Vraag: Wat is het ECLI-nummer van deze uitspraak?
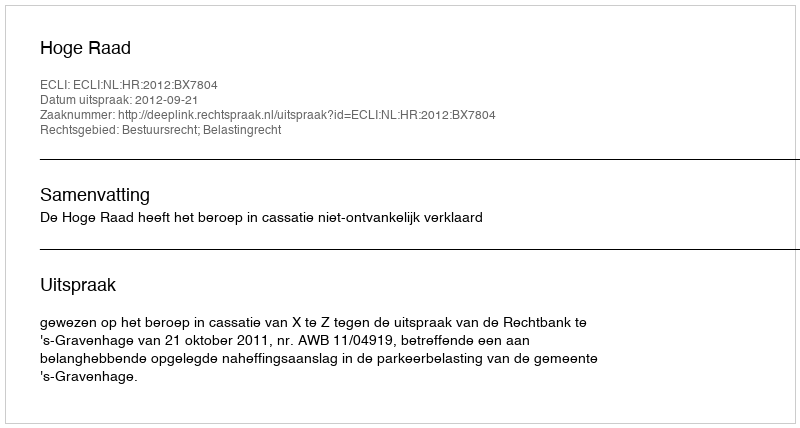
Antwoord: ECLI:NL:HR:2012:BX7804